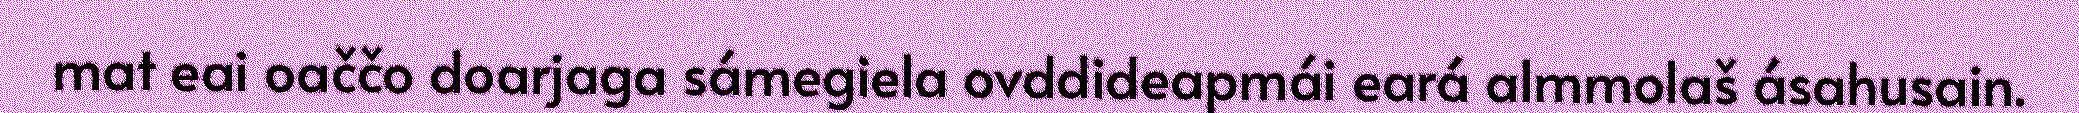
mat eai oaččo doarjaga sámegiela ovddideapmái eará almmolaš ásahusain.